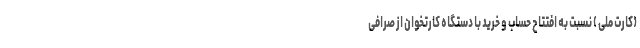
(کارت ملی ) نسبت به افتتاح حساب و خرید با دستگاه کارتخوان از صرافی